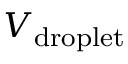
V _ { \mathrm { d r o p l e t } }